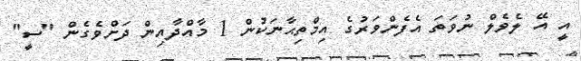
އީ އޭ ލެވެލް ނުވަތަ އެފެންވަރުގެ އިމްތިޙާނަކުން 1 މާއްދާއިން ދަށްވެގެން "ސީ"